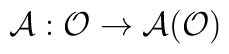
\mathcal{A}:\mathcal{O}\rightarrow \mathcal{A(O)}